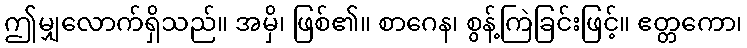
ဤမျှလောက်ရှိသည်။ အမှိ၊ ဖြစ်၏။ စာဂေန၊ စွန့်ကြဲခြင်းဖြင့်။ ဧတ္တကော၊